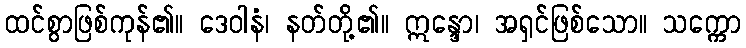
ထင်စွာဖြစ်ကုန်၏။ ဒေဝါနံ၊ နတ်တို့၏။ ဣန္ဒော၊ အရှင်ဖြစ်သော။ သက္ကော